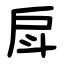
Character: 戽